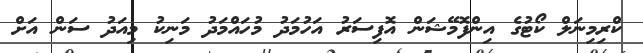
ކްރިމިނަލް ކޯޓުގެ އިންފޮމޭޝަން އޮފިސަރު އަހުމަދު މުހައްމަދު މަނިކު މިއަދު ސަން އަށް